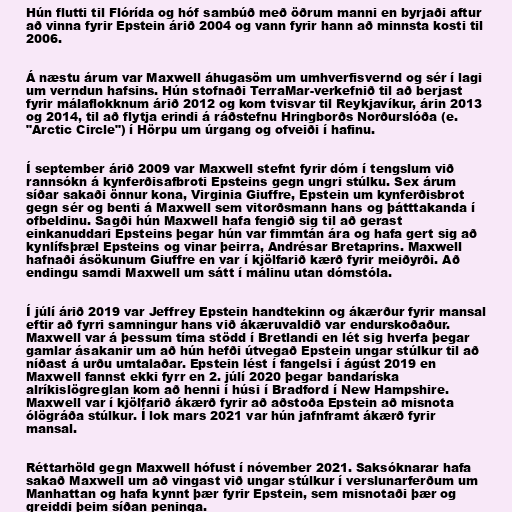
Hún flutti til Flórída og hóf sambúð með öðrum manni en byrjaði aftur
að vinna fyrir Epstein árið 2004 og vann fyrir hann að minnsta kosti til
2006.

Á næstu árum var Maxwell áhugasöm um umhverfisvernd og sér í lagi
um verndun hafsins. Hún stofnaði TerraMar-verk­efnið til að berjast
fyrir málaflokknum árið 2012 og kom tvisvar til Reykjavíkur, árin 2013
og 2014, til að flytja erindi á ráðstefnu Hringborðs Norðurslóða (e.
"Arctic Circle") í Hörpu um úrgang og ofveiði í hafinu.

Í september árið 2009 var Maxwell stefnt fyrir dóm í tengslum við
rannsókn á kynferðisafbroti Epsteins gegn ungri stúlku. Sex árum
síðar sakaði önnur kona, Virg­inia Giuf­fre, Epstein um kynferðisbrot
gegn sér og benti á Maxwell sem vitorðsmann hans og þátttakanda í
ofbeldinu. Sagði hún Maxwell hafa fengið sig til að gerast
einkanuddari Epsteins þegar hún var fimmtán ára og hafa gert sig að
kynlífsþræl Epsteins og vinar þeirra, Andrésar Bretaprins. Maxwell
hafnaði ásökunum Giuffre en var í kjölfarið kærð fyrir meiðyrði. Að
endingu samdi Maxwell um sátt í málinu utan dómstóla.

Í júlí árið 2019 var Jeffrey Epstein handtekinn og ákærður fyrir mansal
eftir að fyrri samningur hans við ákæruvaldið var endurskoðaður.
Maxwell var á þessum tíma stödd í Bretlandi en lét sig hverfa þegar
gamlar ásakanir um að hún hefði útvegað Epstein ungar stúlkur til að
níðast á urðu umtalaðar. Epstein lést í fangelsi í ágúst 2019 en
Maxwell fannst ekki fyrr en 2. júlí 2020 þegar bandaríska
alríkislögreglan kom að henni í húsi í Bradford í New Hampshire.
Maxwell var í kjölfarið ákærð fyrir að aðstoða Epstein að misnota
ólögráða stúlkur. Í lok mars 2021 var hún jafnframt ákærð fyrir
mansal.

Réttarhöld gegn Maxwell hófust í nóvember 2021. Saksóknarar hafa
sakað Maxwell um að vingast við ungar stúlkur í verslunarferðum um
Manhattan og hafa kynnt þær fyrir Epstein, sem misnotaði þær og
greiddi þeim síðan peninga.